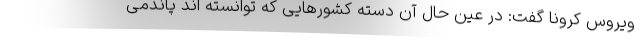
ویروس کرونا گفت: در عین حال آن دسته کشورهایی که توانسته اند پاندمی